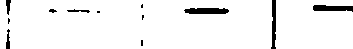
| - : - | -